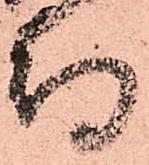
待